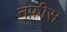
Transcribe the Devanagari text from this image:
नफ़ीस